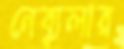
নেব্যুলার